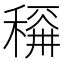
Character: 𱶛